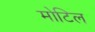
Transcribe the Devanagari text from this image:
मोटिल